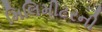
મિલિમીટરની